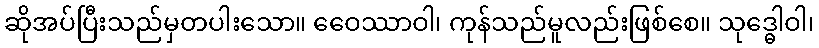
ဆိုအပ်ပြီးသည်မှတပါးသော။ ဝေေဿာဝါ၊ ကုန်သည်မူလည်းဖြစ်စေ။ သုဒ္ဓေါဝါ၊